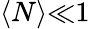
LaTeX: \langle{N}\rangle{\ll}1